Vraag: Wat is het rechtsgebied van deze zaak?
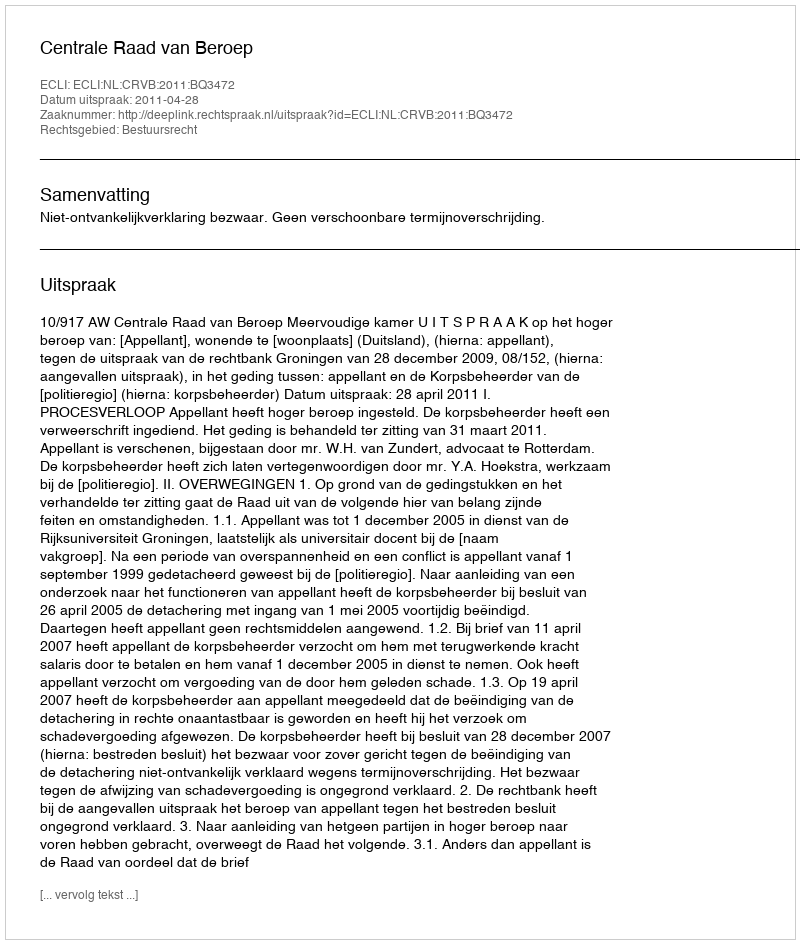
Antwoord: Bestuursrecht